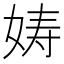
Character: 𫝩